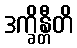
ဒက္ခိန္တီတိ